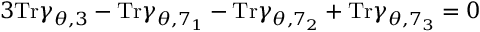
3 \mathrm { T r } \gamma _ { \theta , 3 } - \mathrm { T r } \gamma _ { \theta , 7 _ { 1 } } - \mathrm { T r } \gamma _ { \theta , 7 _ { 2 } } + \mathrm { T r } \gamma _ { \theta , 7 _ { 3 } } = 0